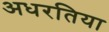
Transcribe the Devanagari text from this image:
अधरतिया